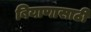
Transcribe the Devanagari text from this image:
बियाणासाठी